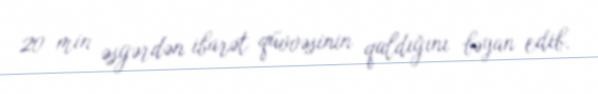
20 min əsgərdən ibarət qüvvəsinin qaldığını bəyan edib.